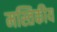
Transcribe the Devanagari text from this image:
मस्तिकीय